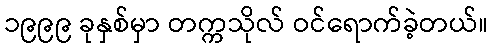
၁၉၉၉ ခုနှစ်မှာ တက္ကသိုလ် ဝင်ရောက်ခဲ့တယ်။